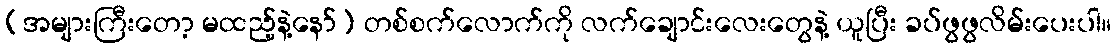
(အများကြီးတော့ မထည့်နဲ့နော်) တစ်စက်လောက်ကို လက်ချောင်းလေးတွေနဲ့ ယူပြီး ခပ်ဖွဖွလိမ်းပေးပါ။